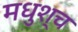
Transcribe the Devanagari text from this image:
मधुश्च